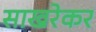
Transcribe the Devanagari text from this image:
साखरेकर